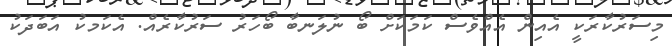
މިސަރުކާރަކީ އެއިން އެއްވެސް ކަމަކަށް ބޯ ނުލަނބާ ބޯހަރު ސަރުކާރެއް. އެކަމކު އަބަދަކު